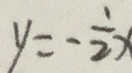
y = - \frac { 1 } { 2 } x